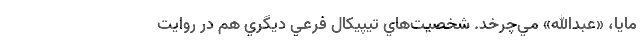
مايا، «عبدالله» مي‌چرخد. شخصيت‌هاي تيپيكال فرعي ديگري هم در روايت